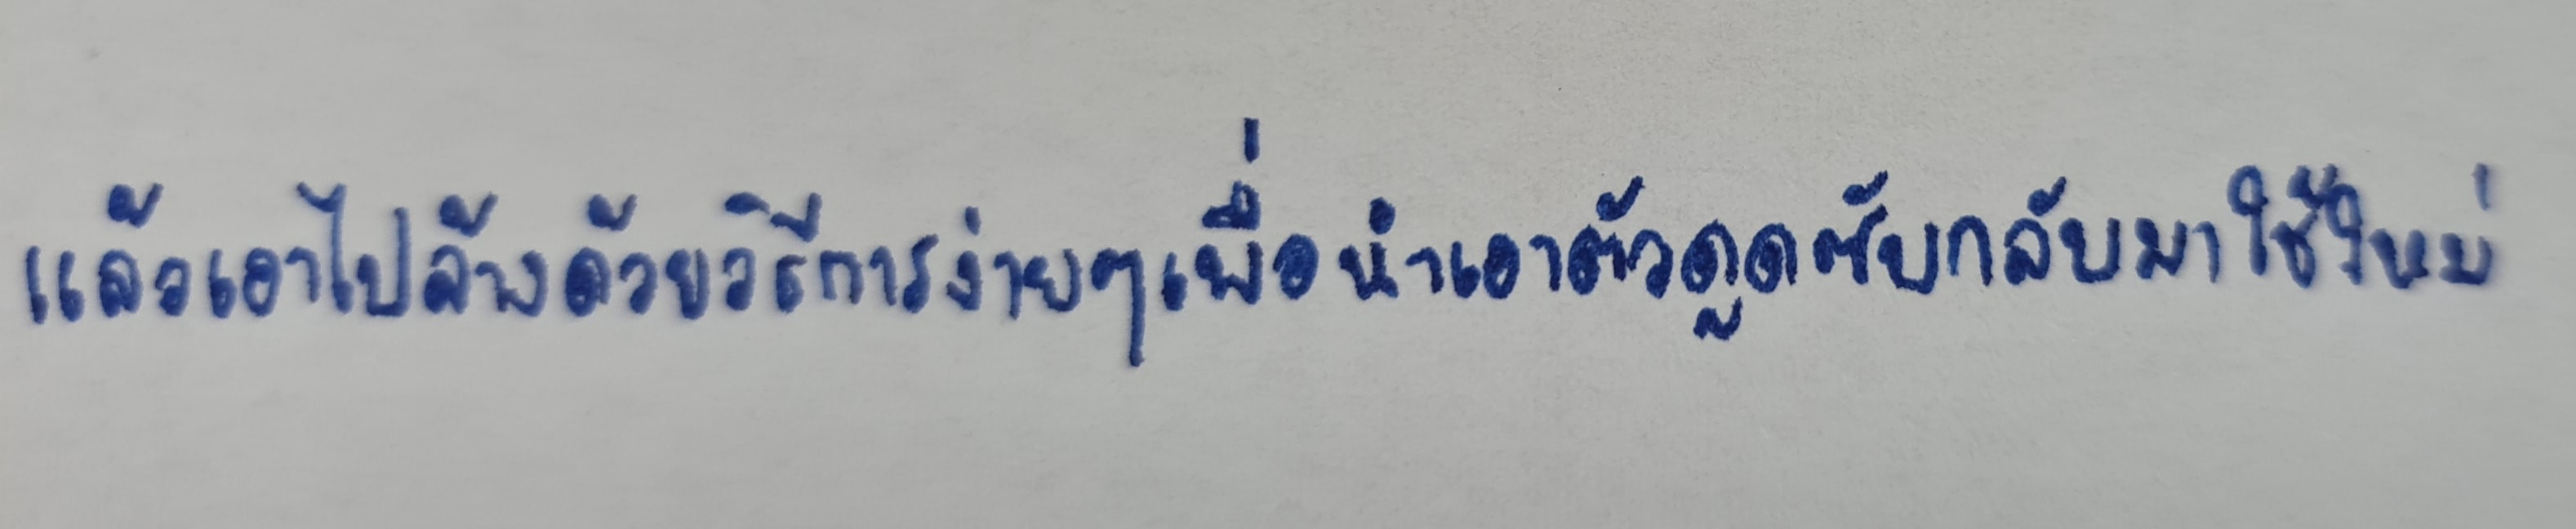
แล้วเอาไปล้างด้วยวิธีการง่ายๆเพื่อนำเอาตัวดูดซับกลับมาใช้ใหม่